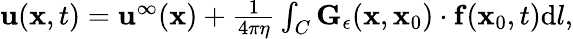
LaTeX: \begin{array}{r}{\mathbf{u}(\mathbf{x},t)=\mathbf{u}^{\infty}(\mathbf{x})+\frac{1}{4\pi\eta}\int_{C}\mathbf{G}_{\epsilon}(\mathbf{x},\mathbf{x}_{0})\cdot\mathbf{f}(\mathbf{x}_{0},t)\mathrm{d}l,}\end{array}